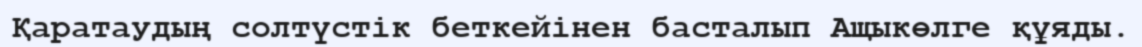
Қаратаудың солтүстік беткейінен басталып Ащыкөлге құяды.